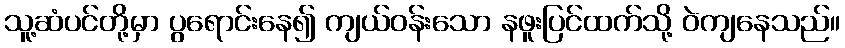
သူ့ဆံပင်တို့မှာ ပွရောင်းနေ၍ ကျယ်ဝန်းသော နဖူးပြင်ထက်သို့ ဝဲကျနေသည်။